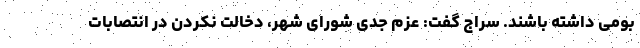
بومی داشته باشند. سراج گفت: عزم جدی شورای شهر، دخالت نکردن در انتصابات